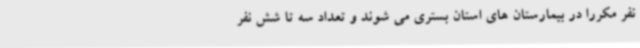
نفر مکررا در بیمارستان های استان بستری می شوند و تعداد سه تا شش نفر